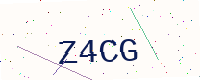
Text: Z4CG